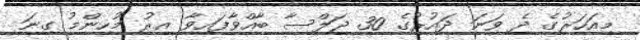
މިއަހަރުގެ ދެ ވަނަ ދައުރުގެ 30 ޖަލްސާ ބާއްވާފައިވާ އިރު މުހިންމު ގިނަ